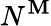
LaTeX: N^{\mathbf{M}}